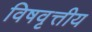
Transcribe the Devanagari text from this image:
विषवृत्तीय